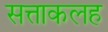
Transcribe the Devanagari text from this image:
सत्ताकलह